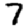
Digit: 7